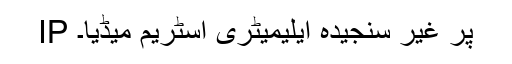
IP پر غیر سنجیدہ ایلیمیٹری اسٹریم میڈیا۔